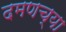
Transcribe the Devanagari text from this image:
दमणच्या